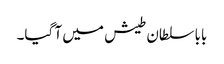
بابا سلطان طیش میں آ گیا۔